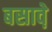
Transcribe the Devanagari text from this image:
बसावे़